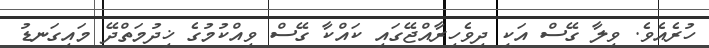
ހުރެއެވެ. ވިލާ ގޭސް އަކީ ދިވެހިރާއްޖޭގައި ކައްކާ ގޭސް ވިއްކުމުގެ ޚިދުމަތްދޭ މައިގަނޑު